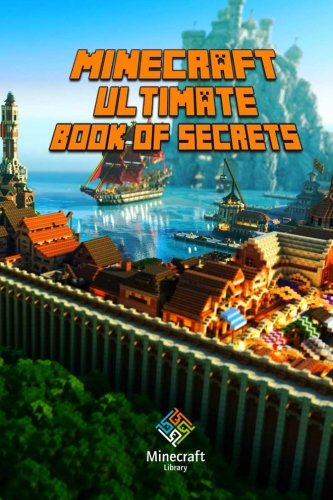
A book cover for Ultimate Book Of Secrets  Minecraft: Unbelievable Minecraft Secrets You Coudn't Imagine Before! (Paperback, 2014); Minecraft Books; Children's Books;